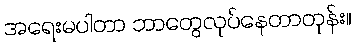
အရေးမပါတာ ဘာတွေလုပ်နေတာတုန်း။